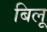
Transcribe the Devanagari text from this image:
बिलू